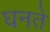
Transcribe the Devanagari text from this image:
घनते